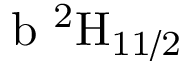
\mathrm { b \ ^ { 2 } H _ { 1 1 / 2 } }